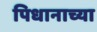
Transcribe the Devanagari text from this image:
पिधानाच्या